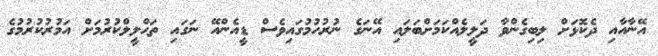
އޭނާއާއި ދެކޮޅަށް ލިބިގެންވާ ދަލީލެއްކަމަށްބަލައި އޭނަގެ ނުރުހުމުގައިވެސް ޑީއެންއޭ ނަގައި ތަޙްލީލްކުރުމަށް އަމުރުކުރުމުގެ